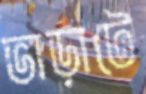
ভাড়াটে